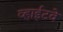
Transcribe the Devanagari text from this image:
व्हाईटवे